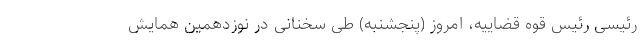
رئیسی رئیس قوه قضاییه، امروز (پنجشنبه) طی سخنانی در نوزدهمین همایش